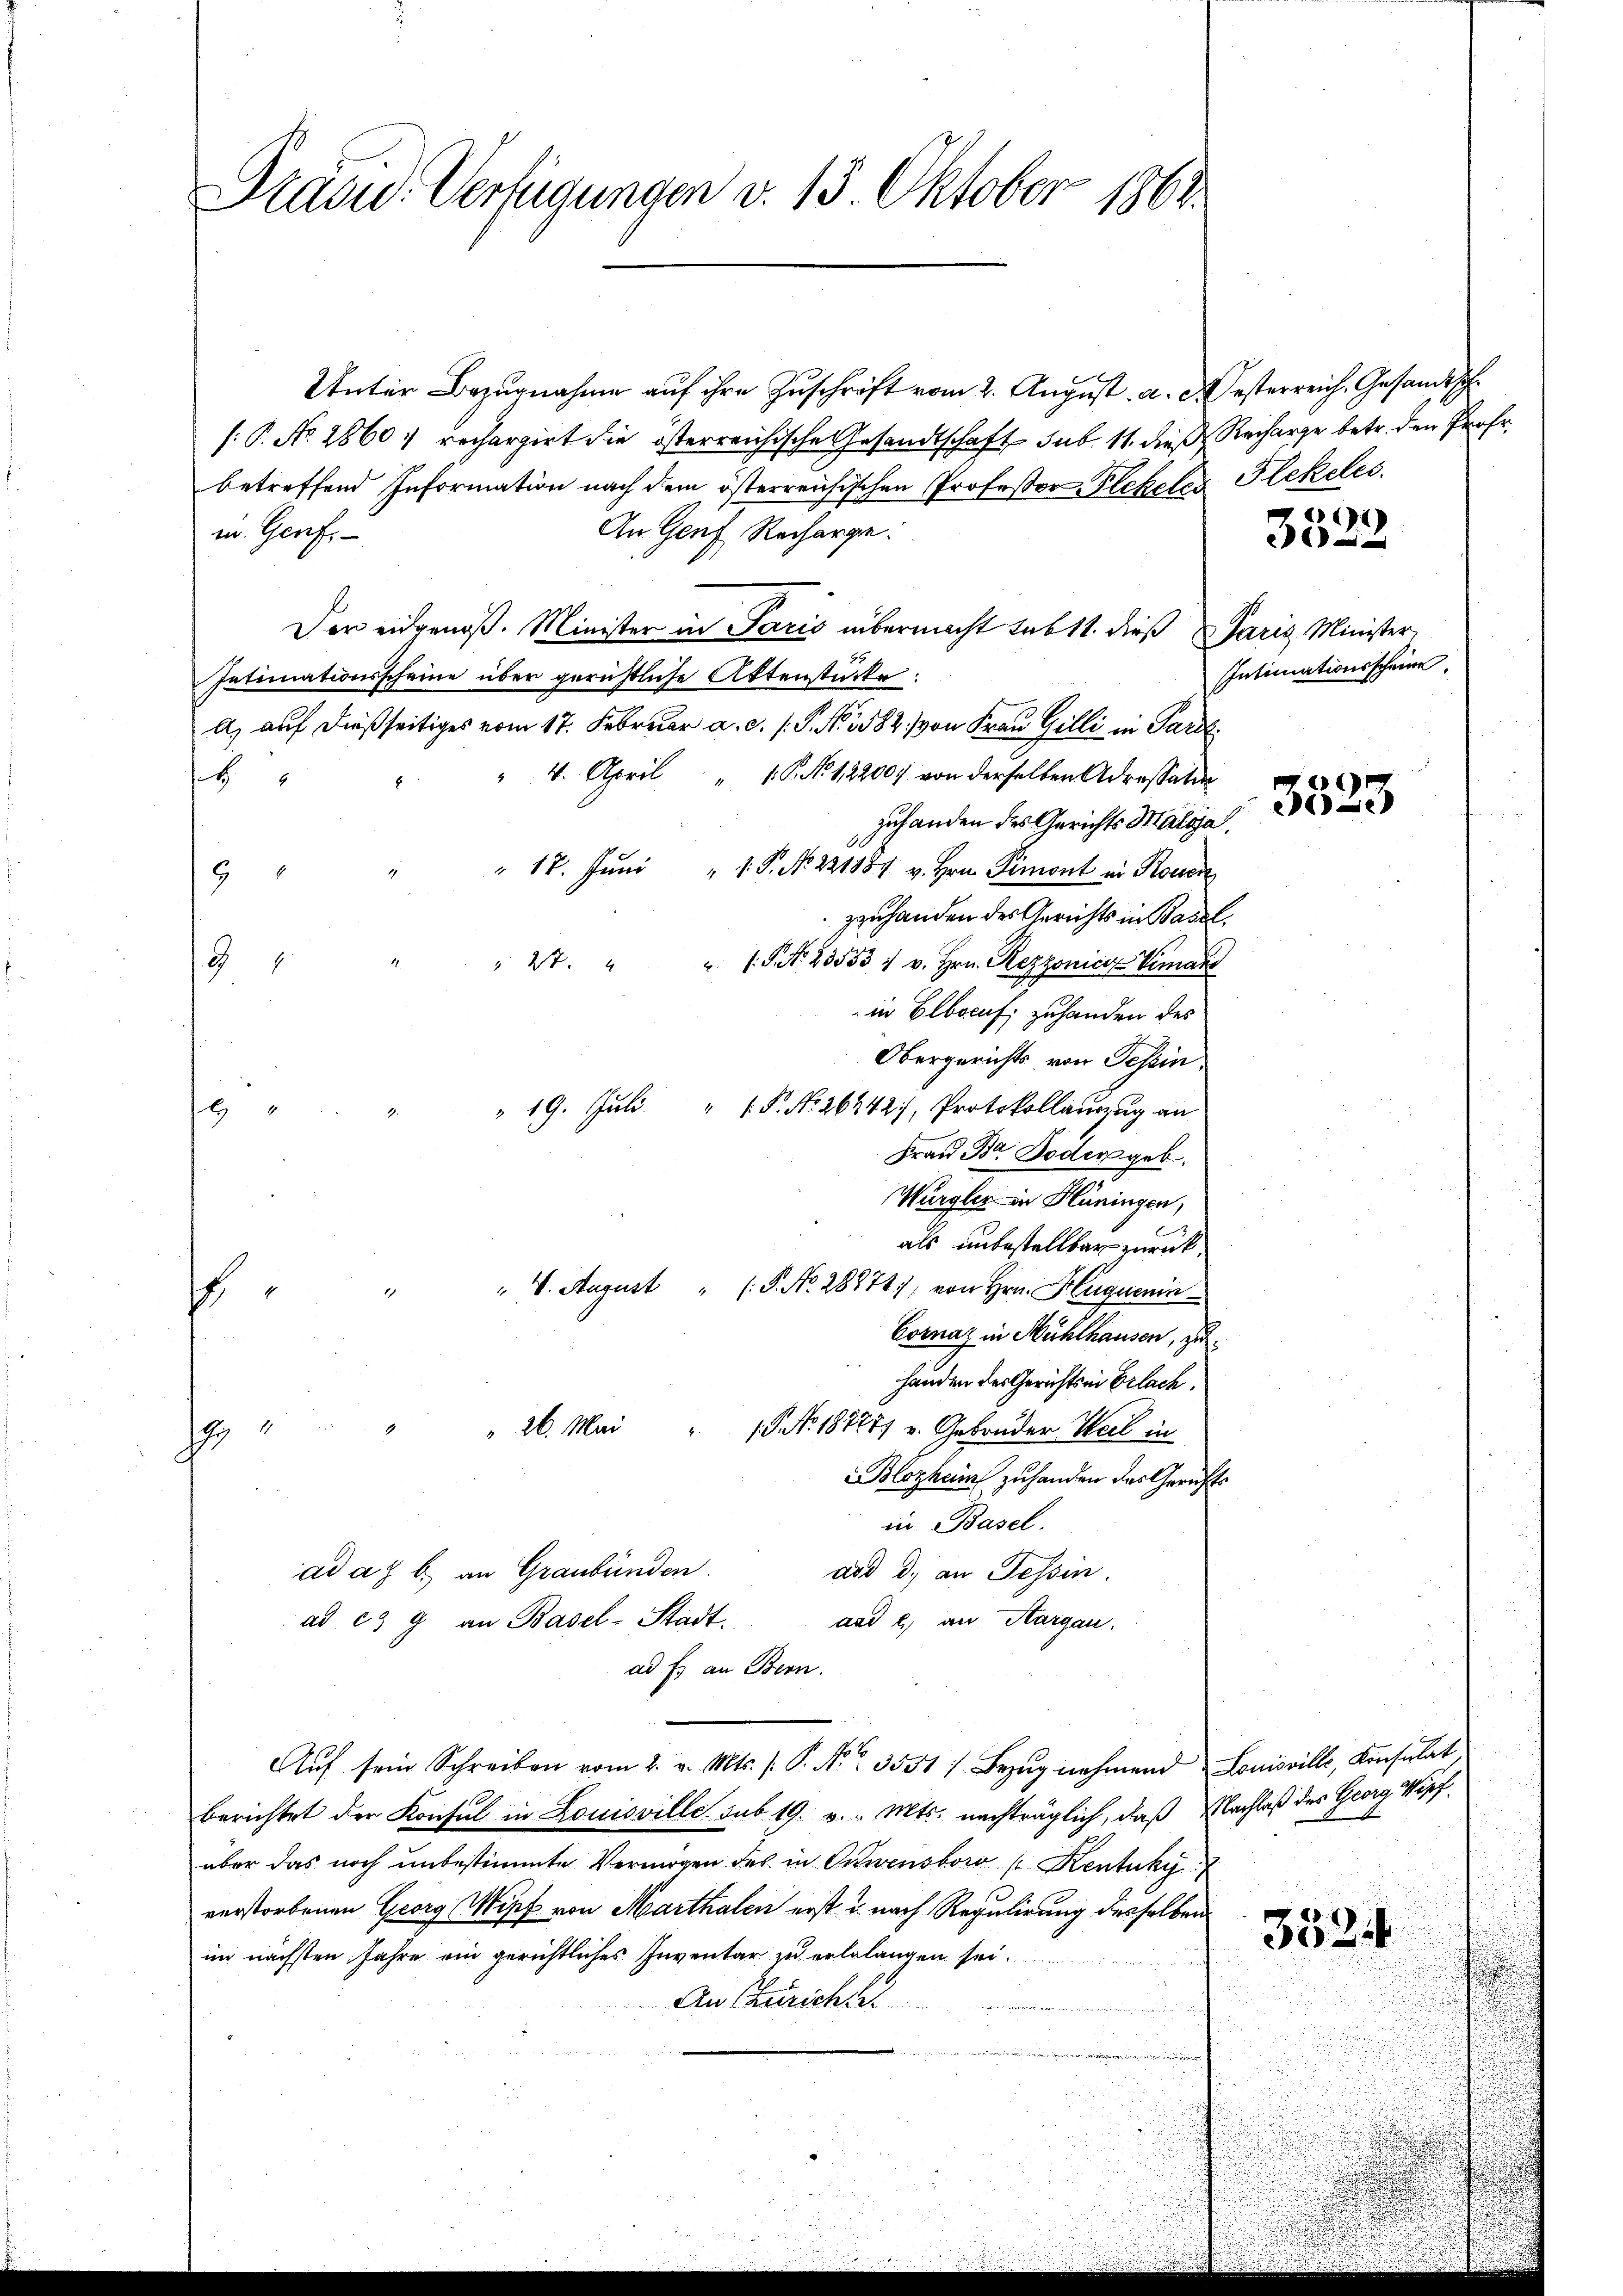
Pradu. Verfügungen v. 13. Oktober 1862.

Unter Bezugnahme aŭf ihre Zuschrift vom 2. August. a. desterreich, Gesandtsch
[.P. No. 1860; rechargirt die österreichische Gesandtschaft sub. 11. dieß Recharge betr. den Prof.
betreffend Information nach dem österreichischen Professor Plekeles Flekeles.
An Genf Recharge.
in Genf,
Der eidgenoß. Minister in Paris übermacht sub 11. dieß Paris Minister
Intimationsscheine über gerichtliche Aktenstücke:
A. auf dießseitiges vom 17. Februar a. c. 1. P. Nr. 1882 von Frau Gilli in Pard
" 4. April " 1. P. No 12200, von derselben Adressation
4
zuhanden des Gerichts Maloja
" 17. Jŭni " 1 S. No 221881 v. Hrn. Simont in Konsere
n
19
zzuhanden des Gerichts in Basel
" 2t. " " P. Nr. 23533 1 v. Hrn. Rezzonicz Vimars
9
in Elbocuf, zuhanden des
Obergerichts von Tessin.
" 19. Juli  "  P. No 26342), Protokollauszug an
9 "
.
Frau Br. oder geb.
Wurgler in Plüningen,
als unbestellbar zurück.
" V. August " (P. Nr. 28871), von Hrn. Huguenin
f
Cornaz in Mühlhausen, zu
handen der Gerichts in Erlach.
Gr " " 26. Mai " 15 No 187271 u. Gebrüder Weil in
Blozheim zuhanden das Gerichts
in Basel.
ad a. b. an Graubünden.
add d. an Tessin.
ad e g an Basel-Stadt.
und 2, an Aargau.
ad Er an Bern.
Aŭf sein Schreiben vom 2. v. Mts. f. P. Nr. 3531 f. Bezŭg nehmend Louisville, Konsulat,
berichtet der Konsul in Louisville sub 19. v. Mts. nachträglich, daß Nachlaß des Georg Wipf
über das noch unbestimmte Vermögen des in Oetwensboro s Kentuky
verstorbenen Georg Wipf von Marthalen erst u. nach Regulirung desselben
im nächsten Jahre ein gerichtliches Inventar zu erlelangen sei.
An Züricht.

)
i

Intimationsscheine

r
e

352.